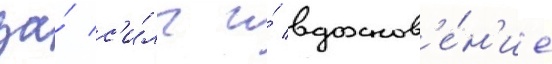
за́ с'и́лы и́ вдохнов'е́н'ие